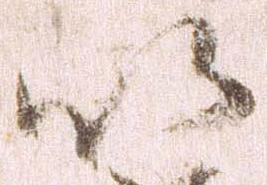
以